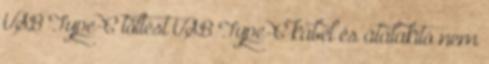
USB Type-C töltést USB Type-C kábel és átalakító nem